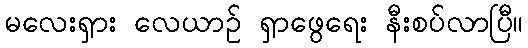
မလေးရှား လေယာဉ် ရှာဖွေရေး နီးစပ်လာပြီ။